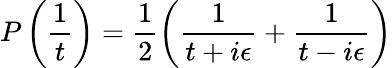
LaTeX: P\left(\frac{1}{t}\right)=\frac{1}{2}\left(\frac{1}{t+i\epsilon}+\frac{1}{t-i\epsilon}\right)